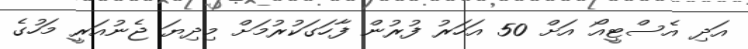
އަދި އެސްޓީއޯ އަށް 50 އަހަރު ފުރުން ފާހަގަކުރުމަށް މިދިޔަ ޖެނުއަރީ މަހުގެ